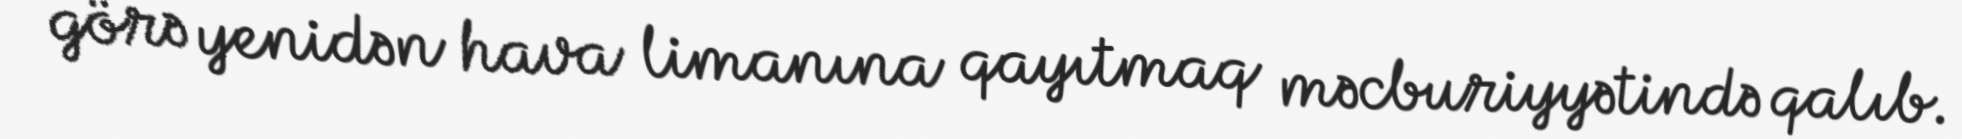
görə yenidən hava limanına qayıtmaq məcburiyyətində qalıb.